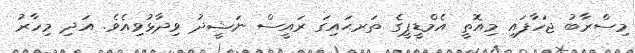
މިސްރާބު ޖަހާފައި މިއޮތީ އެމްޑީޕީގެ ތަރޙައިގަ ރައީސް ނަޝީދު ވިދާޅުވިއެވެ. އަދި މިހާރު